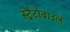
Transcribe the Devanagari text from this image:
स्ट्रैटोबाउल